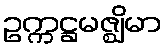
ဥက္ကဋ္ဌမဇ္ဈိမာ